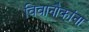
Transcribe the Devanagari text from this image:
विवानौकांना